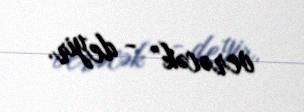
verəcək” - deyir.